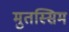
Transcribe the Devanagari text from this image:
मुतस्सिम